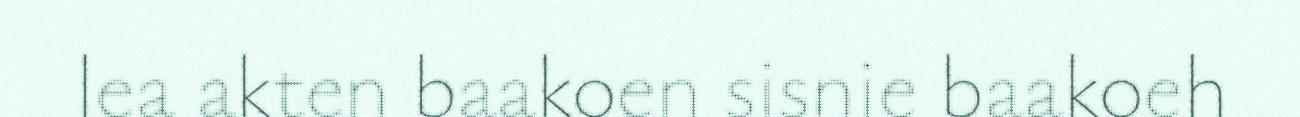
lea akten baakoen sisnie baakoeh